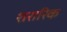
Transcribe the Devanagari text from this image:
शरारिक